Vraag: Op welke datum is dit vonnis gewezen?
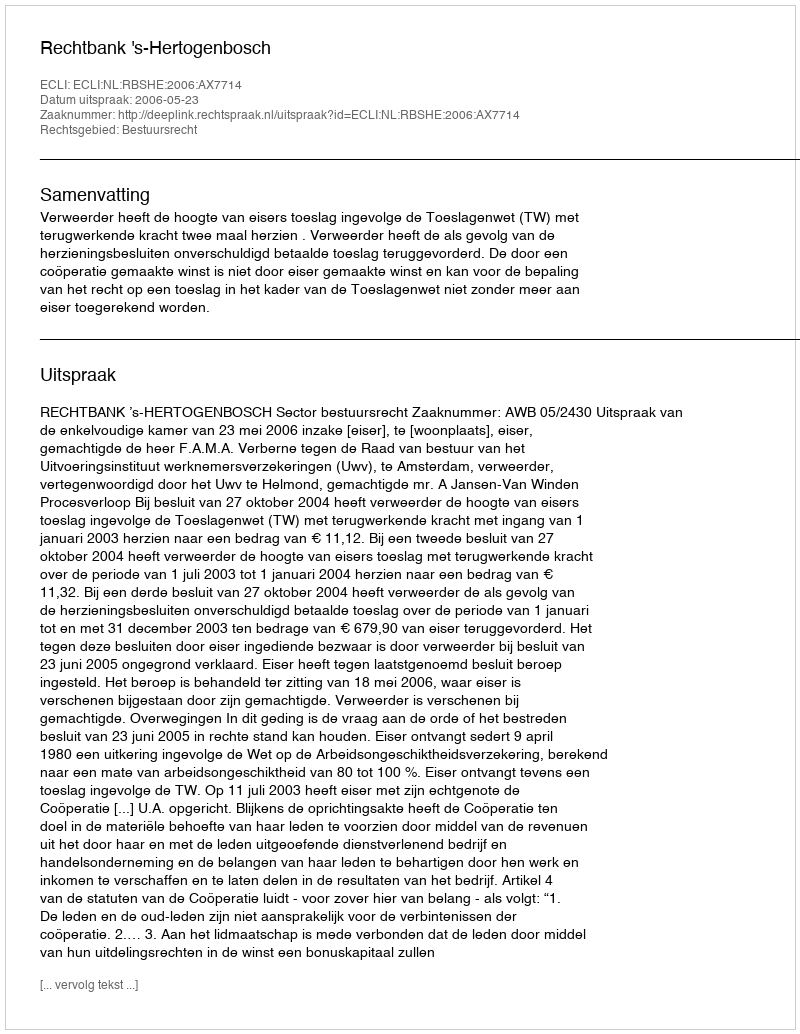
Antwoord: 2006-05-23